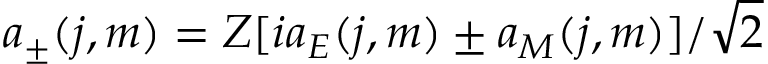
a _ { \pm } ( j , m ) = Z [ i a _ { E } ( j , m ) \pm a _ { M } ( j , m ) ] / \sqrt { 2 }